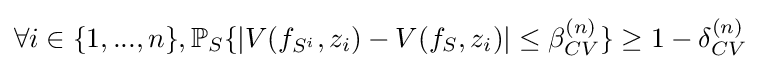
\forall i\in \{1,...,n\},\mathbb {P} _{S}\{|V(f_{S^{i}},z_{i})-V(f_{S},z_{i})|\leq \beta _{CV}^{(n)}\}\geq 1-\delta _{CV}^{(n)}